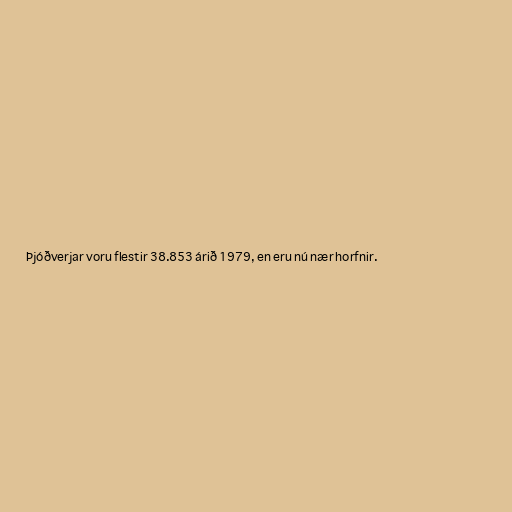
Þjóðverjar voru flestir 38.853 árið 1979, en eru nú nær horfnir.